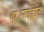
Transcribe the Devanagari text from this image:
था।साइक्लोन